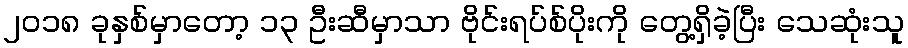
၂၀၁၈ ခုနှစ်မှာတော့ ၁၃ ဦးဆီမှာသာ ဗိုင်းရပ်စ်ပိုးကို တွေ့ရှိခဲ့ပြီး သေဆုံးသူ